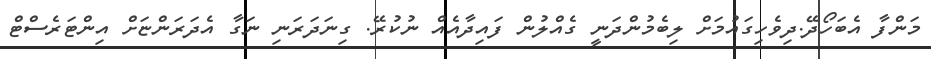
މަންފާ އެބަހޯދޭ.ދިވެހިގައުމަށް ލިބެމުންދަނީ ގެއްލުން ފައިދާއެއް ނުކުރޭ. ގިނަދަރަނި ނަގާ އެދަރަންޏަށް އިންޓަރެސްޓް